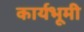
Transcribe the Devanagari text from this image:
कार्यभूमी